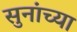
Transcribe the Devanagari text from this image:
सुनांच्या